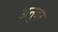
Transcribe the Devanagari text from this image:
अनुदर